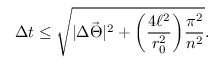
\Delta t \leq \sqrt { | \Delta \vec { \Theta } | ^ { 2 } + \biggl ( \frac { 4 \ell ^ { 2 } } { r _ { 0 } ^ { 2 } } \biggr ) \frac { \pi ^ { 2 } } { n ^ { 2 } } } .